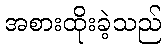
အစားထိုးခဲ့သည်